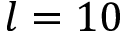
l = 1 0